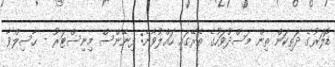
ޑޮލަރުގެ ދަތިކަން ތިން މަސްދުވަހުގެ ތެރޭގައި ހައްލުވާނެ: ފިނޭންސް މިނިސްޓަރު - ހާސިލްވާ